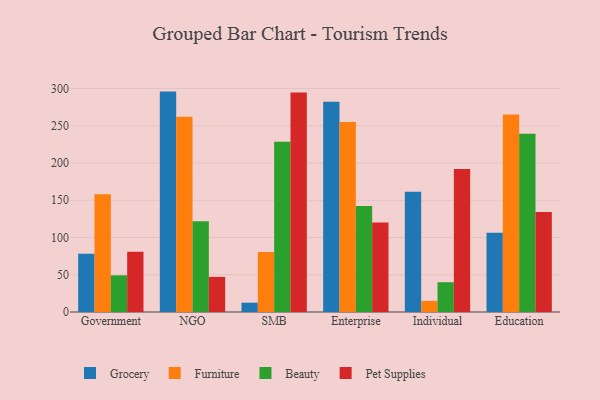
{"axis": {"x": "Segment", "y": "Customer Acquisition Cost (USD)"}, "legend": ["Beauty", "Furniture", "Grocery", "Pet Supplies"], "data": [{"x": "Government", "y": 78.3, "type": "Grocery"}, {"x": "Government", "y": 158.2, "type": "Furniture"}, {"x": "Government", "y": 49.2, "type": "Beauty"}, {"x": "Government", "y": 80.8, "type": "Pet Supplies"}, {"x": "NGO", "y": 295.8, "type": "Grocery"}, {"x": "NGO", "y": 261.9, "type": "Furniture"}, {"x": "NGO", "y": 121.8, "type": "Beauty"}, {"x": "NGO", "y": 47.1, "type": "Pet Supplies"}, {"x": "SMB", "y": 12.5, "type": "Grocery"}, {"x": "SMB", "y": 80.6, "type": "Furniture"}, {"x": "SMB", "y": 228.6, "type": "Beauty"}, {"x": "SMB", "y": 294.7, "type": "Pet Supplies"}, {"x": "Enterprise", "y": 282.2, "type": "Grocery"}, {"x": "Enterprise", "y": 255.1, "type": "Furniture"}, {"x": "Enterprise", "y": 142.2, "type": "Beauty"}, {"x": "Enterprise", "y": 120.0, "type": "Pet Supplies"}, {"x": "Individual", "y": 161.4, "type": "Grocery"}, {"x": "Individual", "y": 14.9, "type": "Furniture"}, {"x": "Individual", "y": 40.0, "type": "Beauty"}, {"x": "Individual", "y": 191.8, "type": "Pet Supplies"}, {"x": "Education", "y": 106.4, "type": "Grocery"}, {"x": "Education", "y": 265.2, "type": "Furniture"}, {"x": "Education", "y": 239.2, "type": "Beauty"}, {"x": "Education", "y": 134.2, "type": "Pet Supplies"}]}